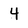
Character: 4